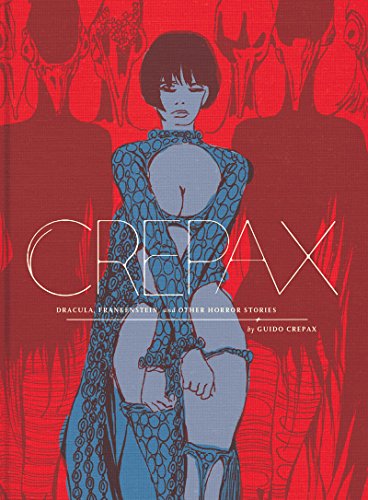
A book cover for The Complete Crepax: Dracula, Frankenstein, And Other Horror Stories (The Complete Crepax); Guido Crepax; Comics & Graphic Novels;